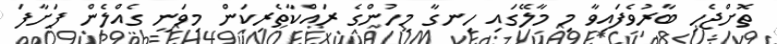
ތޮށްޖެހި ބާރުވެފައިވާ މި މާލޭގައި ހިނގާ މީހުންގެ ރައްކާތެރިކަން މިވަނީ ގެއްލެން ފަށާފަ